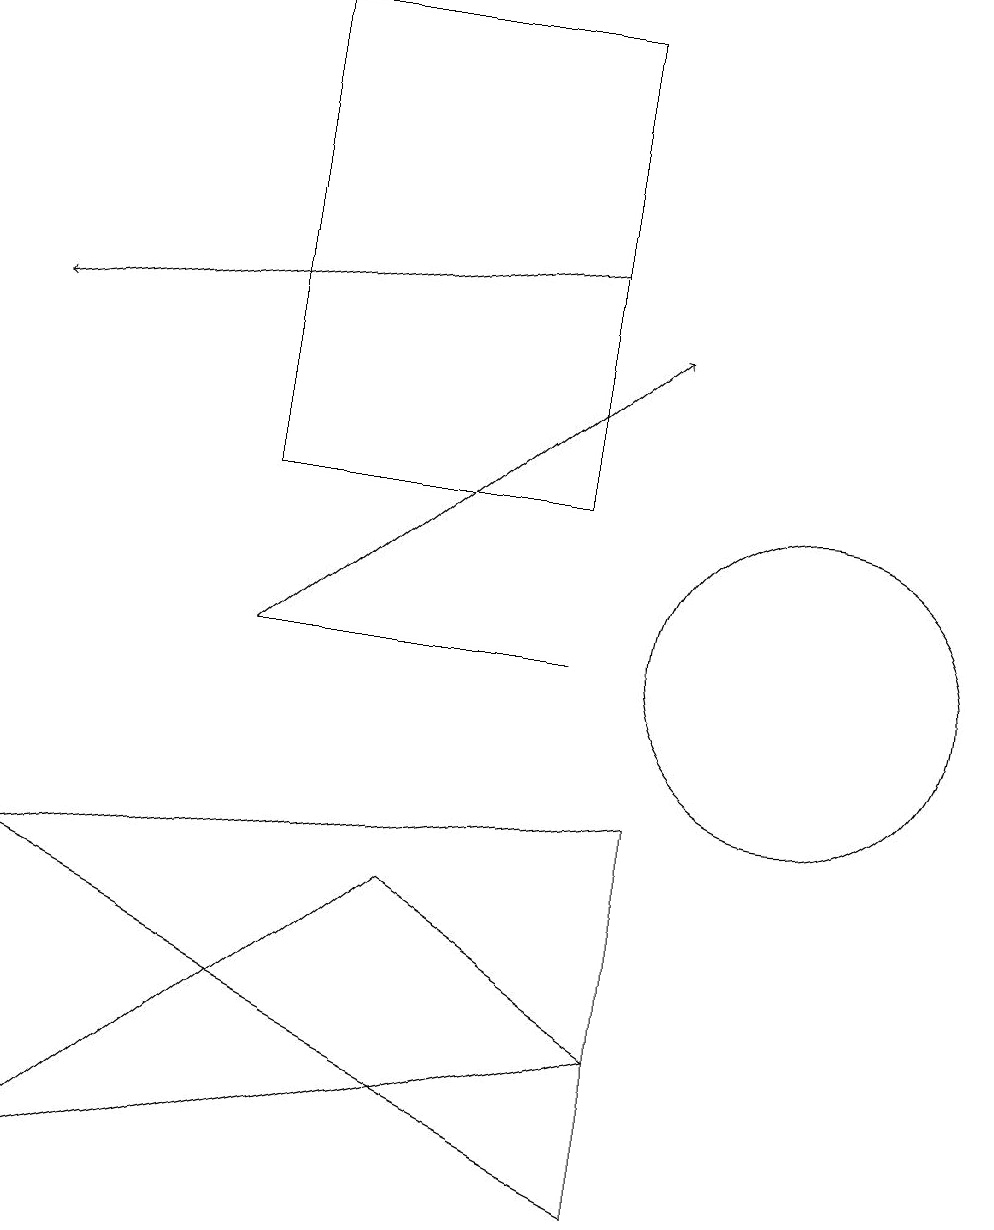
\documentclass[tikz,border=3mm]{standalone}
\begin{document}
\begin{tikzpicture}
\draw (1,7) -- (9,3) -- (9,8) -- cycle;
\draw (11,10) circle (2);
\draw (8,10) rectangle (4,10);
\draw[->] (4,10) -- (9,14);
\draw (6,7) -- (1,3) -- (9,5) -- cycle;
\draw[->] (8,15) -- (1,14);
\draw (8,12) rectangle (4,18);
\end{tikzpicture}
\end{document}